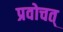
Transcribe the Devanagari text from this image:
प्रवोचत्